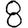
Digit: 8